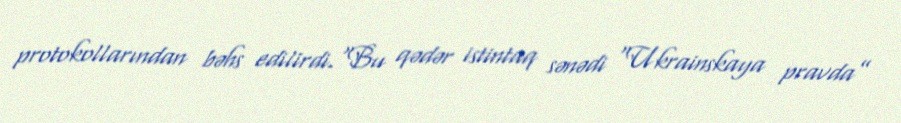
protokollarından bəhs edilirdi.“Bu qədər istintaq sənədi “Ukrainskaya pravda”